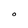
Character: O